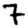
Digit: 7